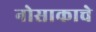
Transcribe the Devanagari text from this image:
नोसाकाचे